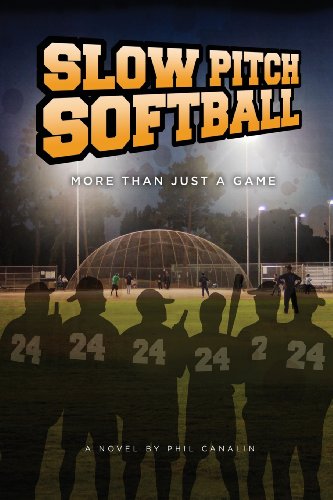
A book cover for Slow Pitch Softball - More Than Just a Game; Phil Canalin; Sports & Outdoors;